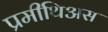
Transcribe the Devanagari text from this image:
प्रमीथिअस